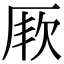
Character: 𭆇